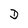
Character: D